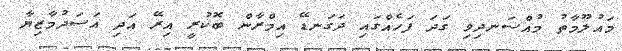
މައުލޫމާތު މުއްސަނދިވި ގަދަ ފަަހެއްގައި ދަގަނޑޭ އިމްރާން ބޮކުރީ އިރޭ އަދި އަސަދުމާޒިޔާ